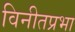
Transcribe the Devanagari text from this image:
विनीतप्रभा